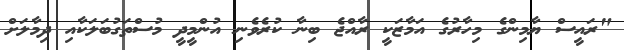
"ރައީސް ޔާމިންގެ މިހާރުގެ އަމާޒަކީ ރާއްޖެ ބިނާ ކުރެވެނި އުންމީދީ މުސްތަގުބަލަކާއި ދިމާލަށް